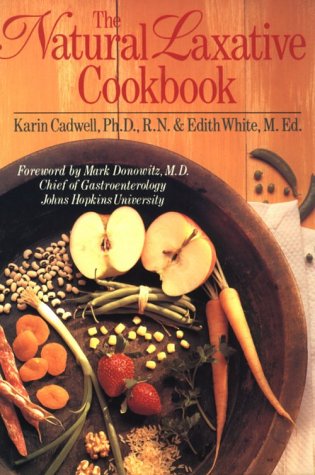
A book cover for The Natural Laxative Cookbook; Karin Cadwell; Health, Fitness & Dieting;